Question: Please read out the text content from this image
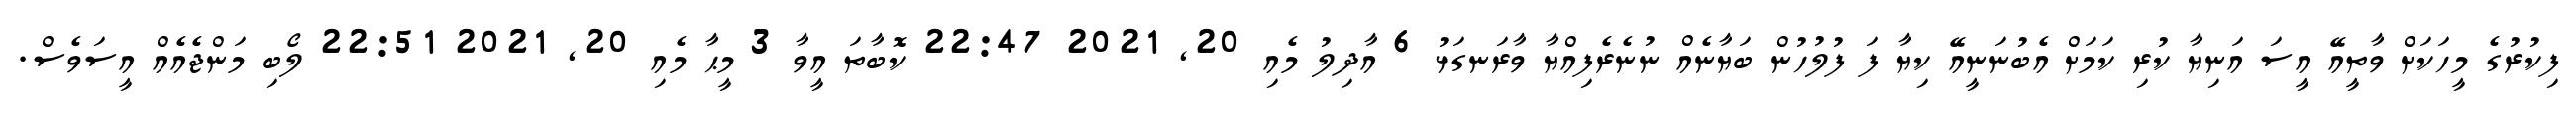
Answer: ފިކުރުގެ މީހަކަށް ވާތީއޭ އީސަ އަނިޔާ ކުރި ކަމަށް އެބުނަނީއޭ ކިޔާ ފަ ފުލުހުން ބަޔާނެއް ނުނެރެފިއްޔާ ވާރަނގަޅު 6 އާދިލު މެއި 20, 2021 22:47 ކޮބާތަ އީވާ 3 މީޙާ މެއި 20, 2021 22:51 ލޯބި މަންޖެއެއް އީސަވެސް.